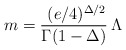
\begin{align*}m= {\, \, (e/4)^{\Delta /2} \over \Gamma(1- \Delta)} \,\Lambda\end{align*}